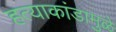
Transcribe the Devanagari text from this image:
हत्याकांडामुळे